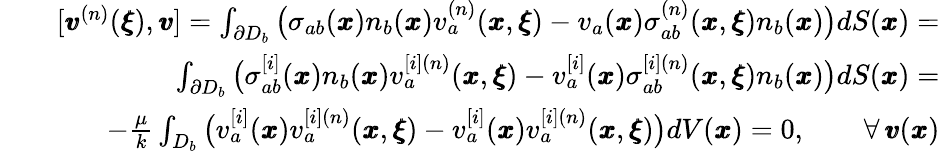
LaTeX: \begin{array}{rlr}&{}&{[{\pmb v}^{(n)}({\pmb\xi}),{\pmb v}]=\int_{\partial D_{b}}\big(\sigma_{ab}({\pmb x})n_{b}({\pmb x})v_{a}^{(n)}({\pmb x},{\pmb\xi})-v_{a}({\pmb x})\sigma_{ab}^{(n)}({\pmb x},{\pmb\xi})n_{b}({\pmb x})\big)dS({\pmb x})=}\\ &{}&{\int_{\partial D_{b}}\big(\sigma_{ab}^{[i]}({\pmb x})n_{b}({\pmb x})v_{a}^{[i](n)}({\pmb x},{\pmb\xi})-v_{a}^{[i]}({\pmb x})\sigma_{ab}^{[i](n)}({\pmb x},{\pmb\xi})n_{b}({\pmb x})\big)dS({\pmb x})=}\\ &{}&{-\frac{\mu}{k}\int_{D_{b}}\big(v_{a}^{[i]}({\pmb x})v_{a}^{[i](n)}({\pmb x},{\pmb\xi})-v_{a}^{[i]}({\pmb x})v_{a}^{[i](n)}({\pmb x},{\pmb\xi})\big)dV({\pmb x})=0,\qquad{\forall\, {\pmb v}({\pmb x})}}\end{array}